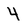
Character: 4